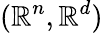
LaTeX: (\mathbb{R}^{n},\mathbb{R}^{d})